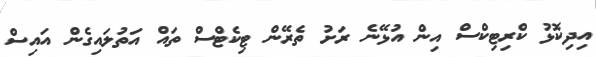
އިދިކޮޅު ކްރިޓިކްސް އިން އުޅޭނެ ރަށު ތެރޭން ޓިކެޓްސް ތައް އަތުލައިގެން އައިސް